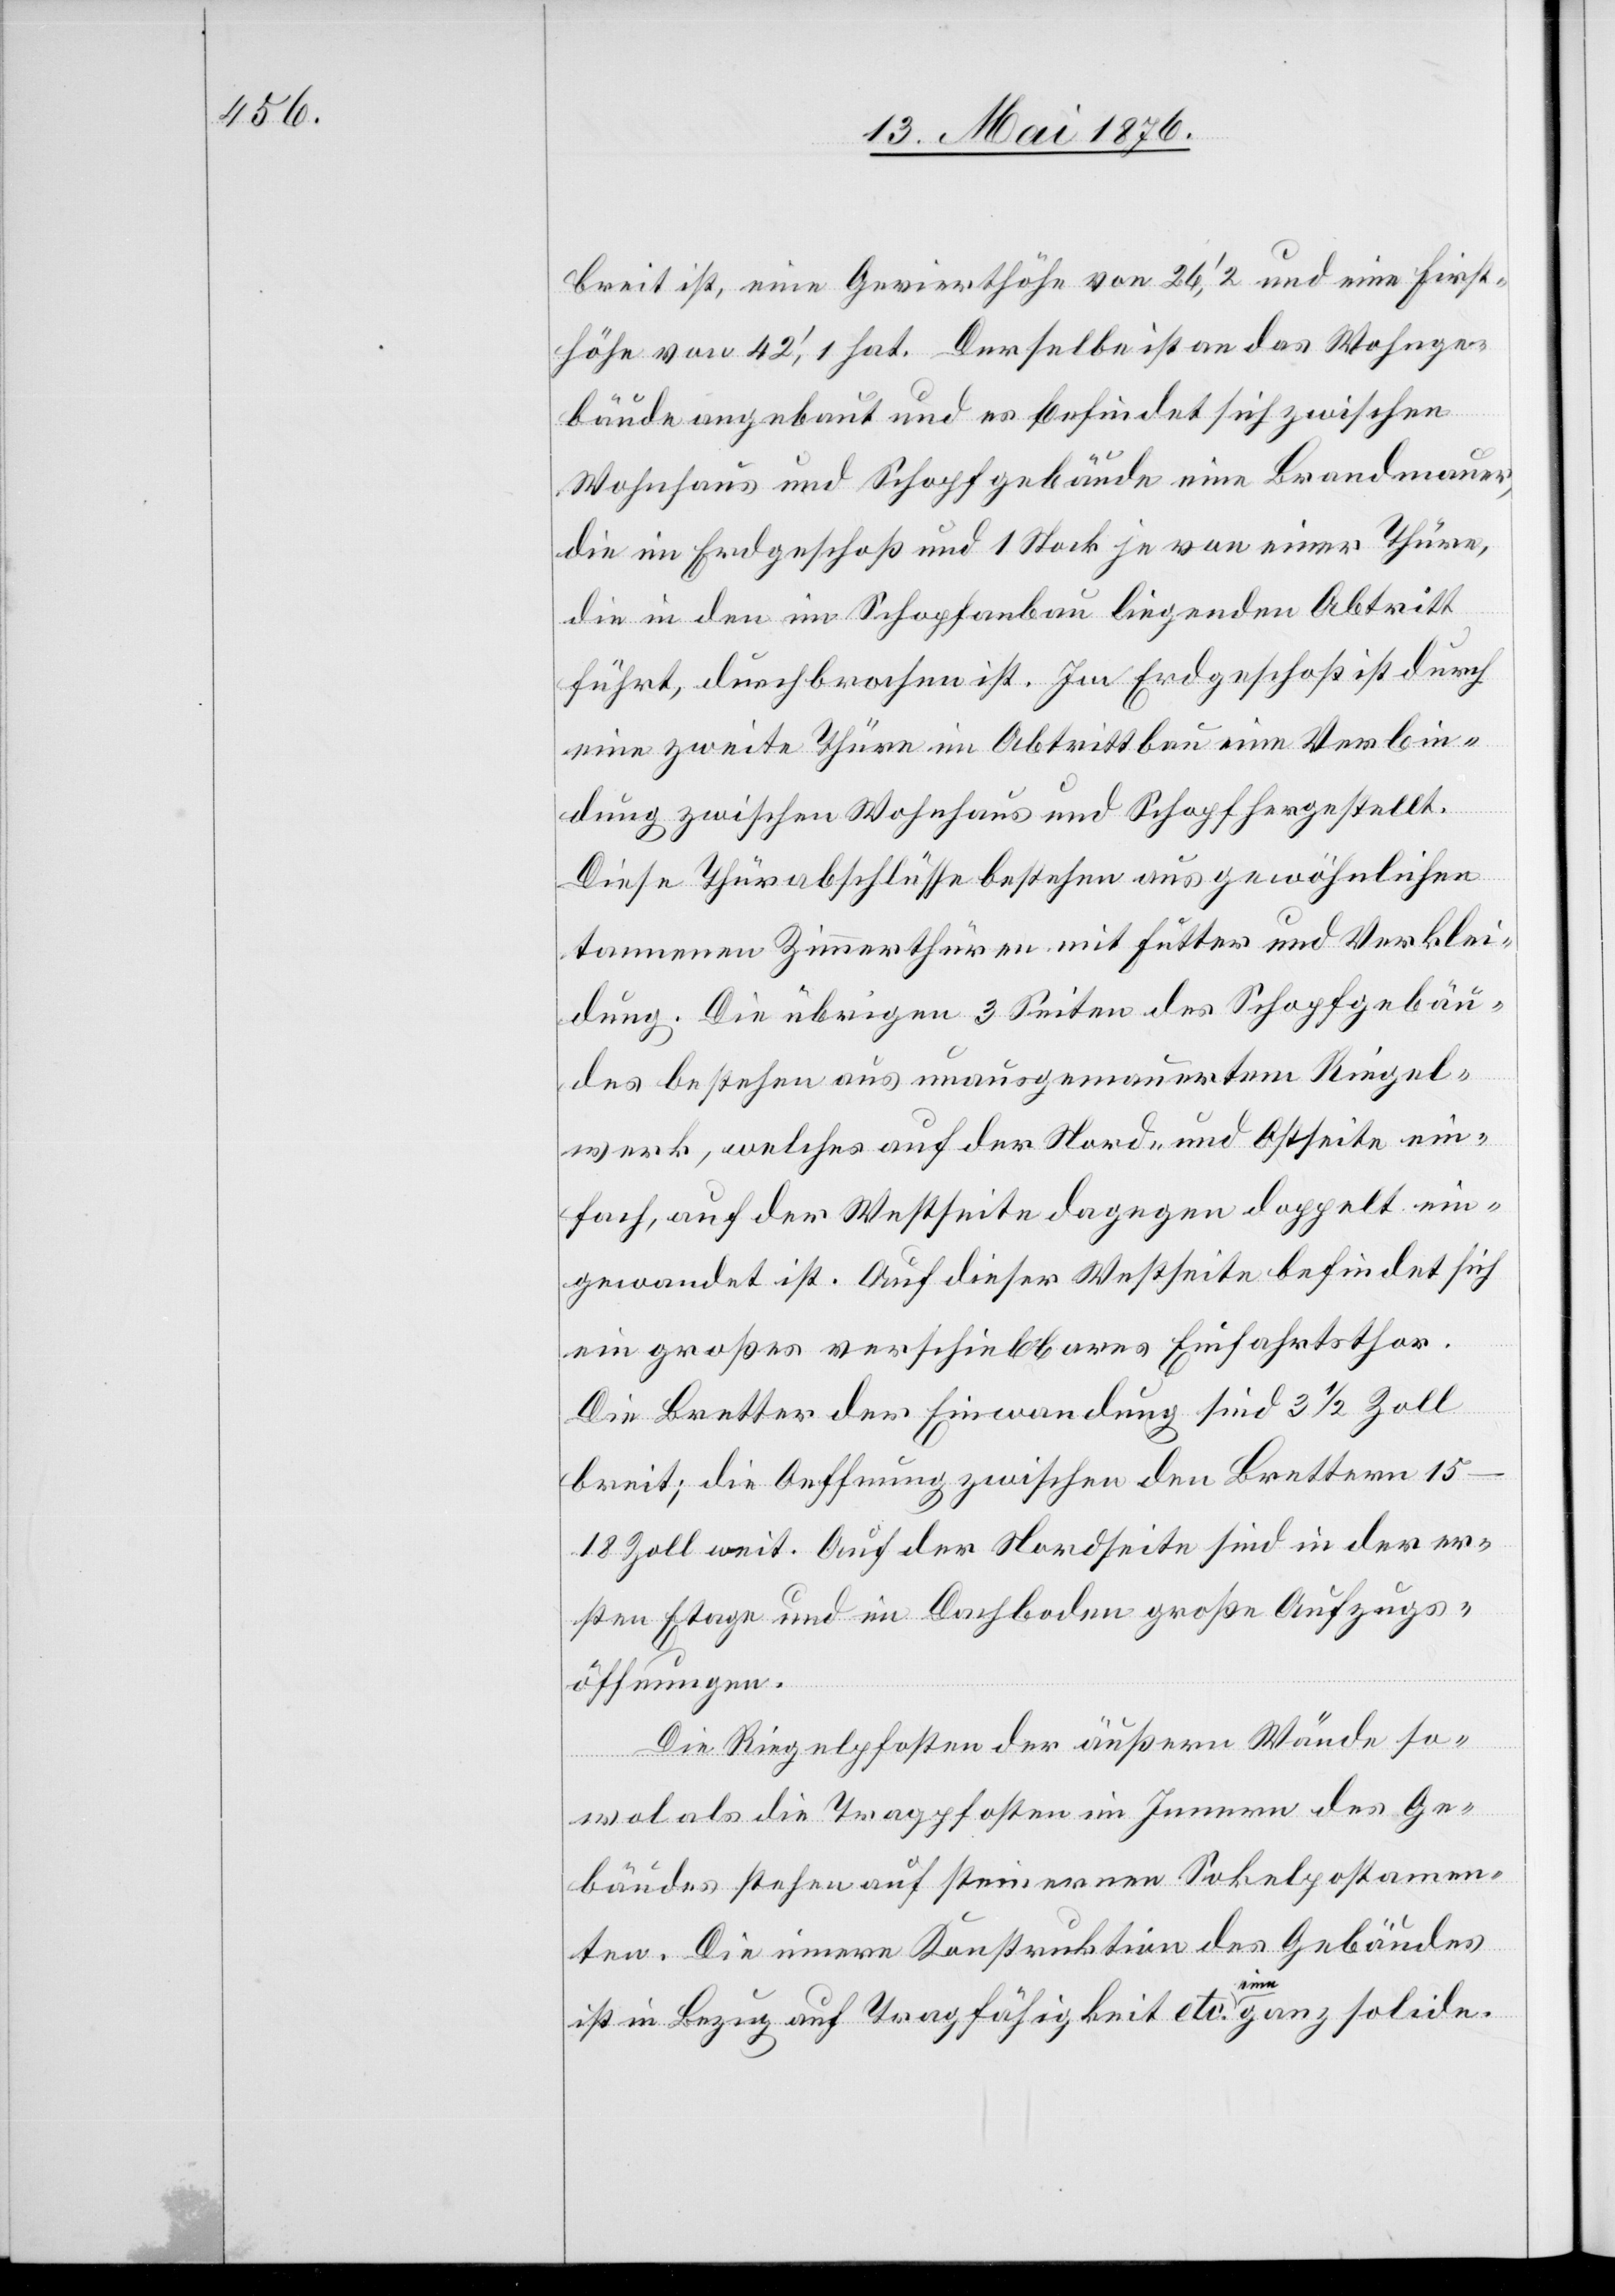
breit ist, eine Gevierthöhe von 26‘, 2[‘‘] und eine First¬
höhe von 42‘, 1[‘‘] hat. Derselbe ist an das Wohnge¬
bäude angebaut und es befindet sich zwischen
Wohnhaus und Schopfgebäude eine Brandmauer,
die im Erdgeschoß und 1 Stock je von einer Thüre,
die in den im Schopfanbau liegenden Abtritt
führt, durchbrochen ist. Im Erdgeschoß ist durch
eine zweite Thüre im Abtrittbau eine Verbin¬
dung zwischen Wohnhaus und Schopf hergestellt.
Diese Thürabschlüsse bestehen aus gewöhnlichen
tannenen Zimmerthüren mit Futter und Verklei¬
dung. Die übrigen 3 Seiten des Schopfgebäu¬
des bestehen aus unausgemauertem Riegel¬
werk, welches auf der Nord- und Ostseite ein¬
fach, auf der Westseite dagegen doppelt ein¬
gewendet ist. Auf dieser Westseite befindet sich
ein großes verschiebbares Einfahrtstor.
Die Bretter der Einwandung sind 3 1/2 Zoll
breit; die Oeffnung zwischen den Brettern 15–18
Zoll weit. Auf der Nordseite sind in der er¬
sten Etage und im Dachboden große Aufzugs¬
öffnungen.
Die Riegelpfosten der äußern Wände so¬
wol als die Tragpfosten im Innern des Ge¬
bäudes stehen auf steinernen Sokelpostamen¬
ten. Die innere Konstruktion des Gebäudes
ist in Bezug auf Tragfähigkeit etc. eine ganz solide.